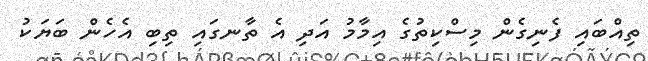
ތިއްބައި ފެނިގެން މިސްކިތުގެ އިމާމު އަދި އެ ތާނގައި ތިބި އެހެން ބަޔަކު